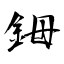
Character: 鉧